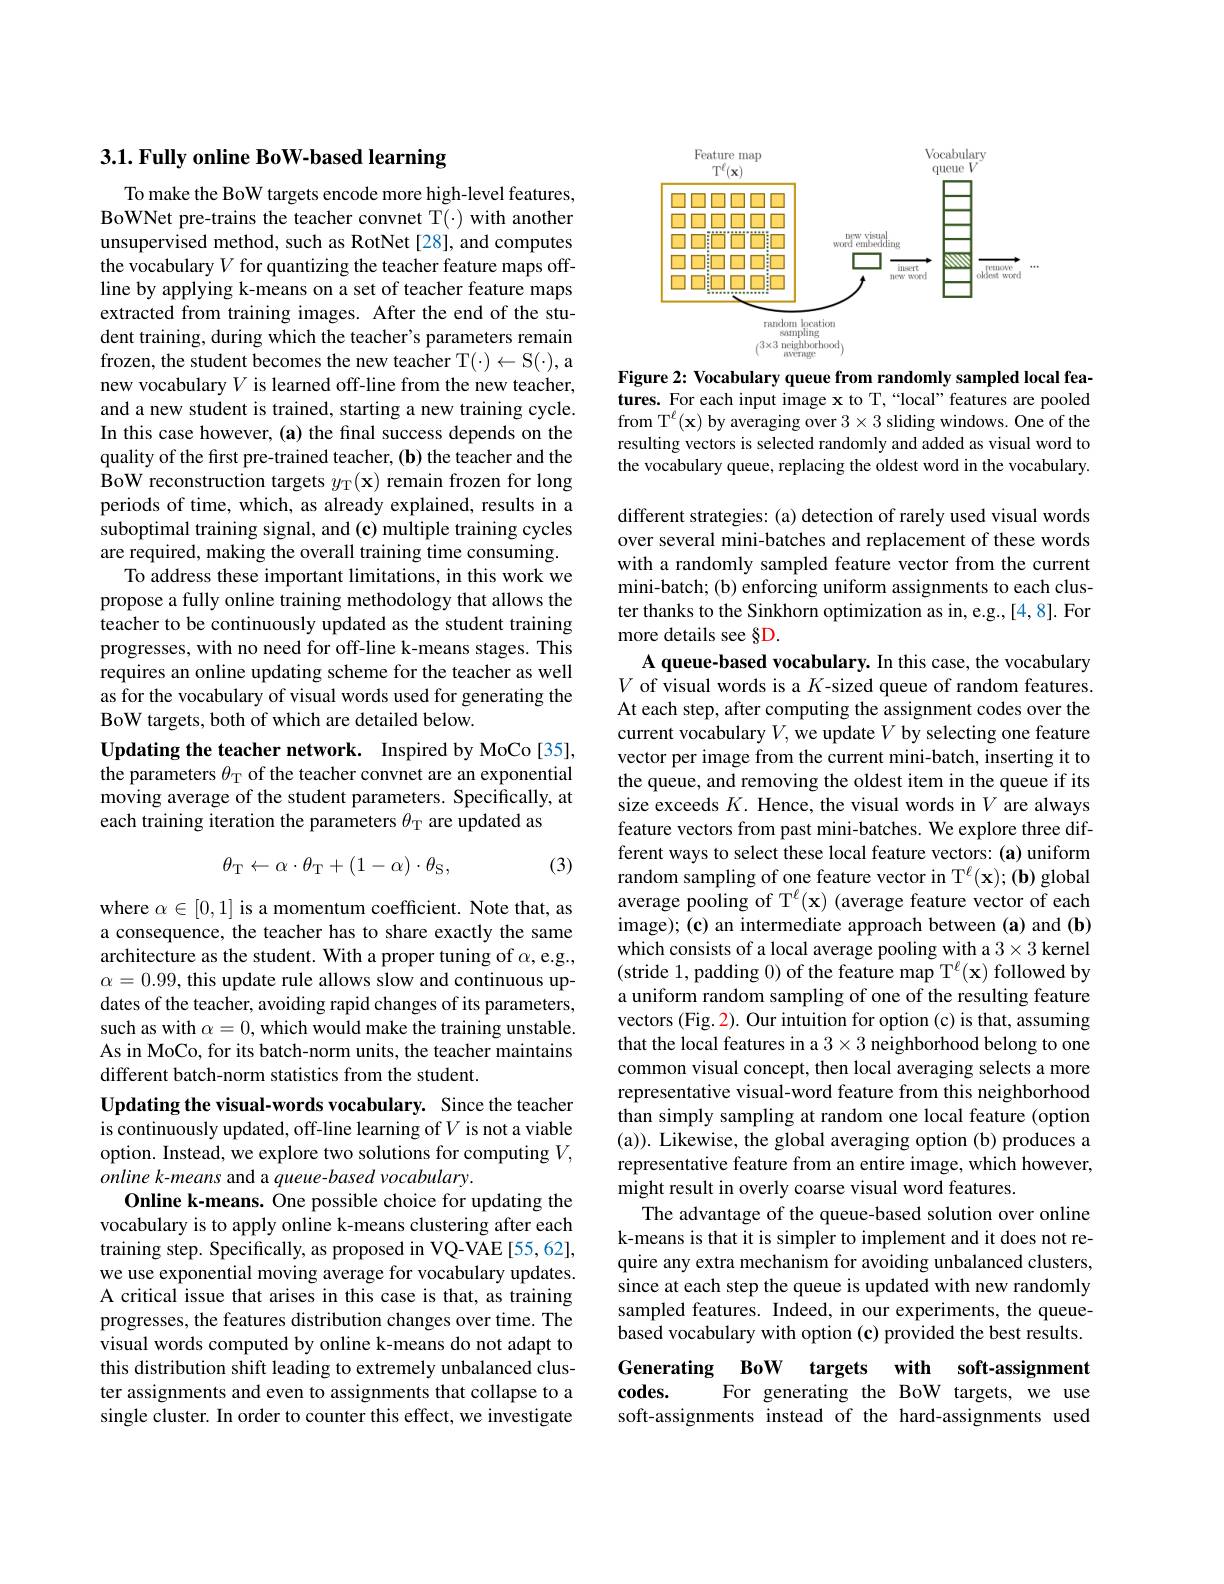
# 3.1. Fully online BoW-based learning

To make the BoW targets encode more high-level features, BoWNet pre-trains the teacher convnet T(·) with another unsupervised method, such as RotNet [28], and computes the vocabulary $V$ for quantizing the teacher feature maps offline by applying k-means on a set of teacher feature maps extracted from training images. After the end of the student training, during which the teacher's parameters remain frozen, the student becomes the new teacher T(-) < S(-), a new vocabulary $V$ is learned off-line from the new teacher, and a new student is trained, starting a new training cycle. In this case however, (a) the final success depends on the quality of the first pre-trained teacher, (b) the teacher and the BoW reconstruction targets $y_{\mathrm{T} }( \mathbf{x} )$ remain frozen for long periods of time, which, as already explained, results in a suboptimal training signal, and (c) multiple training cycles are required, making the overall training time consuming.
To address these important limitations, in this work we propose a fully online training methodology that allows the teacher to be continuously updated as the student training progresses, with no need for off-line k-means stages. This requires an online updating scheme for the teacher as well as for the vocabulary of visual words used for generating the BoW targets, both of which are detailed below.
Updating the teacher network. Inspired by MoCo [35], the parameters $\theta_\mathrm{T}$ of the teacher convnet are an exponential moving average of the student parameters. Specifically, at each training iteration the parameters $\theta_{\mathrm{T}}$ are updated as
$$\theta_\mathrm{T}\leftarrow\alpha\cdot\theta_\mathrm{T}+(1-\alpha)\cdot\theta_\mathrm{S},$$
(3)

where $\alpha\in[0,1]$ is a momentum coefficient. Note that, as a consequence, the teacher has to share exactly the same architecture as the student. With a proper tuning of $\alpha$,e.g., $\alpha=0.99$, this update rule allows slow and continuous updates of the teacher, avoiding rapid changes of its parameters, such as with $\alpha=0$, which would make the training unstable. As in MoCo, for its batch-norm units, the teacher maintains different batch-norm statistics from the student.

Updating the visual-words vocabulary. Since the teacher is continuously updated, off-line learning of $V$ is not a viable option. Instead, we explore two solutions for computing $V$, online k-means and a queue-based vocabulary.
Online k-means. One possible choice for updating the vocabulary is to apply online k-means clustering after each training step. Specifically, as proposed in VQ-VAE [55,62], we use exponential moving average for vocabulary updates. A critical issue that arises in this case is that, as training progresses, the features distribution changes over time. The visual words computed by online k-means do not adapt to this distribution shift leading to extremely unbalanced cluster assignments and even to assignments that collapse to a single cluster. In order to counter this effect, we investigate

<FigureHere>

Figure 2: Vocabulary queue from randomly sampled local features. For each input image x to T,“local”features are pooled from T$^\ell(\mathbf{x})$ by averaging over $3\times3$ sliding windows. One of the resulting vectors is selected randomly and added as visual word to the vocabulary queue, replacing the oldest word in the vocabulary.

different strategies: (a) detection of rarely used visual words over several mini-batches and replacement of these words with a randomly sampled feature vector from the current mini-batch; (b) enforcing uniform assignments to each cluster thanks to the Sinkhorn optimization as in, e.g.,[4,8]. For more details see §D.
A queue-based vocabulary. In this case, the vocabulary $V$ of visual words is a $K$-sized queue of random features. At each step, after computing the assignment codes over the current vocabulary $V$,we update $V$ by selecting one feature vector per image from the current mini-batch, inserting it to the queue, and removing the oldest item in the queue if its size exceeds $K.$ Hence, the visual words in $V$ are always feature vectors from past mini-batches. We explore three different ways to select these local feature vectors: (a) uniform random sampling of one feature vector in T$^\ell(\mathbf{x});(\mathbf{b})$ global average pooling of T$^\ell(\mathbf{x})$ (average feature vector of each image); (c) an intermediate approach between (a) and (b) which consists of a local average pooling with a $3\times3$ kernel (stride 1, padding 0) of the feature map T$^\ell(\mathbf{x})$ followed by a uniform random sampling of one of the resulting feature vectors (Fig. 2). Our intuition for option (c) is that, assuming that the local features in a $3\times3$ neighborhood belong to one common visual concept, then local averaging selects a more representative visual-word feature from this neighborhood than simply sampling at random one local feature (option (a)). Likewise, the global averaging option (b) produces a representative feature from an entire image, which however, might result in overly coarse visual word features.
The advantage of the queue-based solution over online k-means is that it is simpler to implement and it does not require any extra mechanism for avoiding unbalanced clusters, since at each step the queue is updated with new randomly sampled features. Indeed, in our experiments, the queuebased vocabulary with option (c) provided the best results. Generating BoW targets with soft-assignment

## $codes.$
For generating the BoW targets, we use
soft-assignments instead of the hard-assignments used